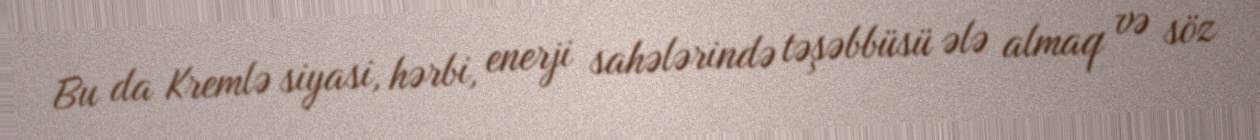
Bu da Kremlə siyasi, hərbi, enerji sahələrində təşəbbüsü ələ almaq və söz